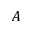
A